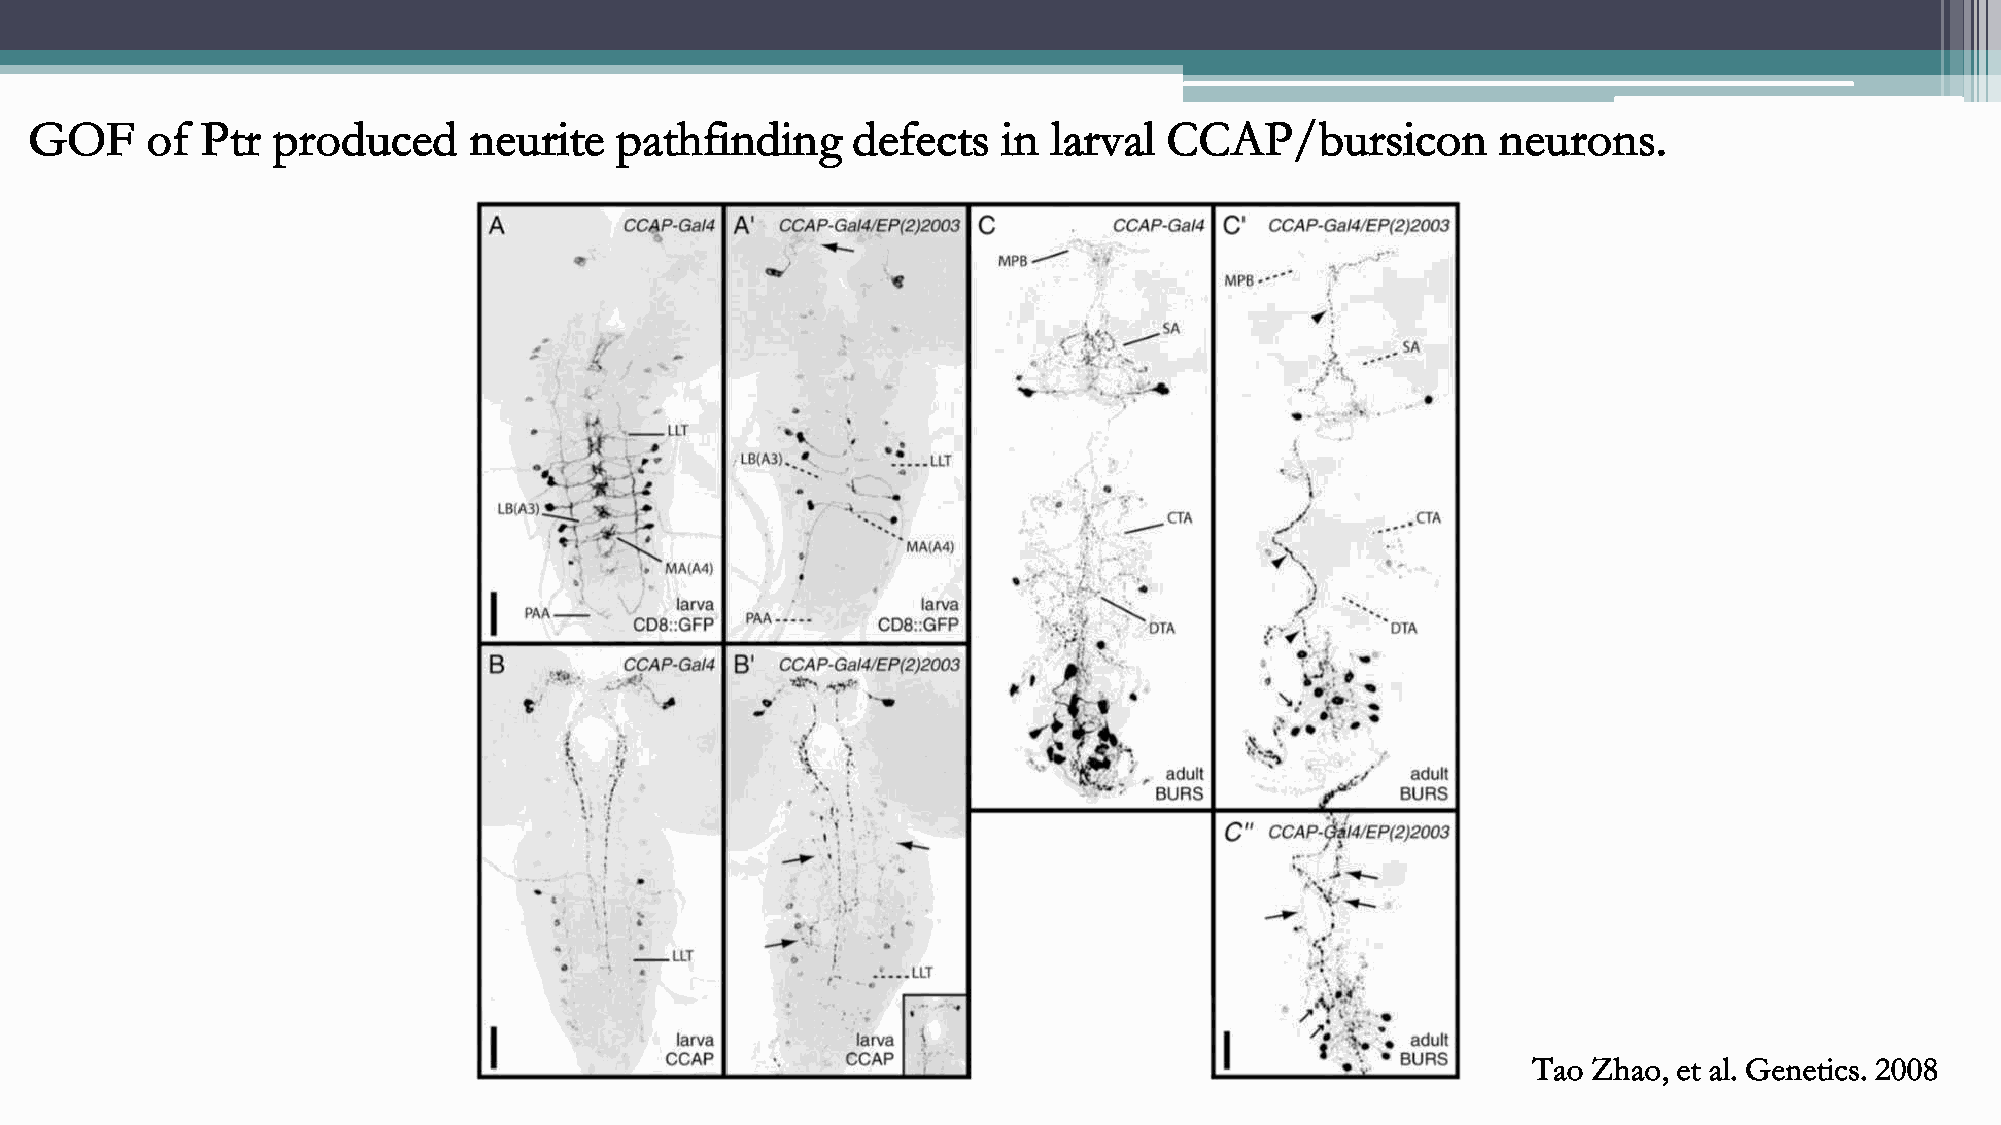
GOF     of Ptr  produced     neurite   pathfinding    defects   in  larval CCAP/bursicon         neurons.
 Tao Zhao, et al. Genetics. 2008